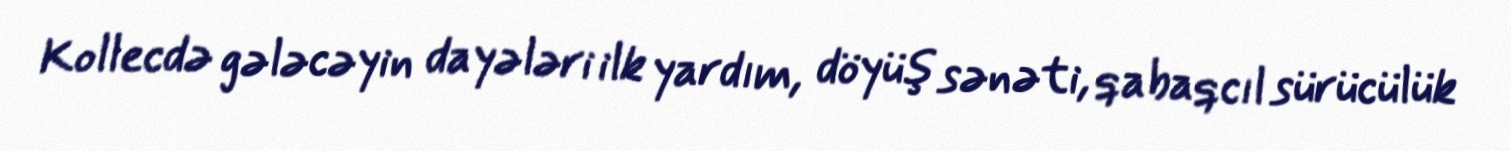
Kollecdə gələcəyin dayələri ilk yardım, döyüş sənəti, qabaqcıl sürücülük